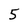
Character: 5